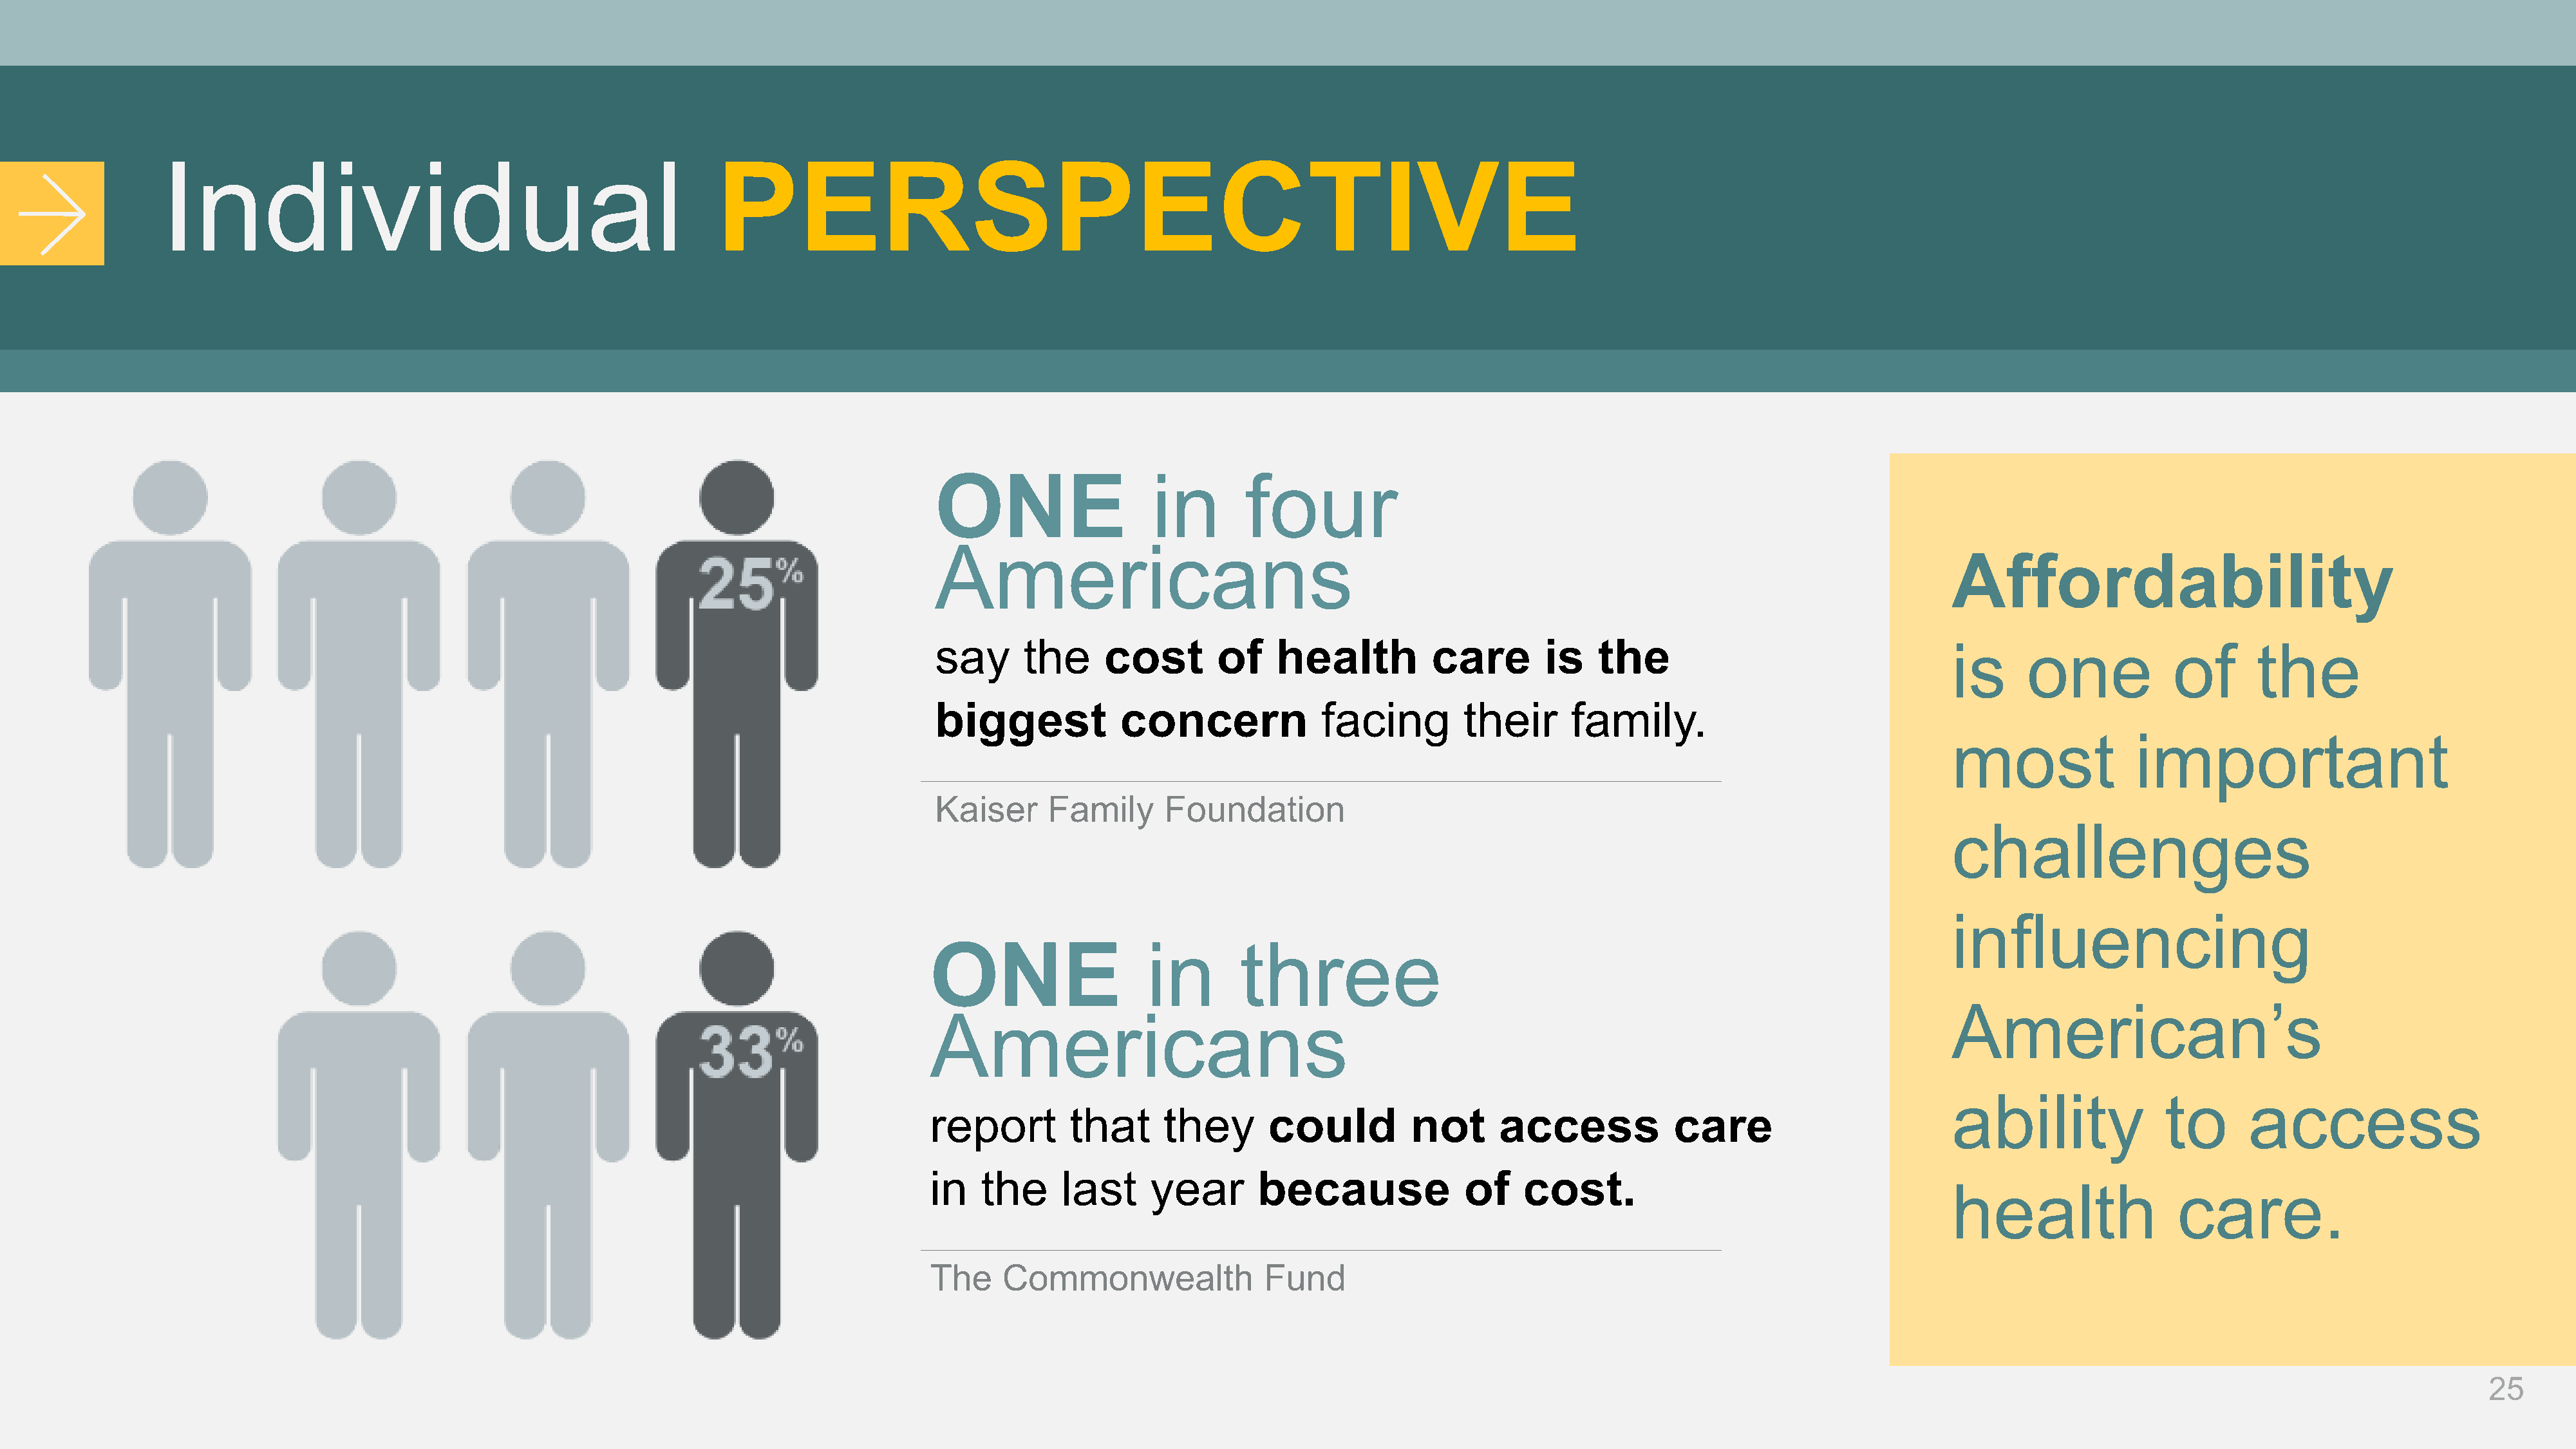
Individual
 PERSPECTIVE
 in        four
 ONE
 Americans
 Affordability
 say      the     cost        of    health          care        is   the                                  is     one            of       the
 biggest            concern              facing        their       family.
 most               important
 Kaiser      Family      Foundation
 challenges
 influencing
 in       three
 ONE
 American’s
 Americans
 ability               to      access
 report        that      they      could          not      access            care
 in   the     last     year       because               of    cost.
 health                 care.
 The    Commonwealth               Fund
 25